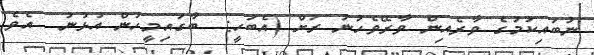
ނުބައިކަމުގެ ވާރެއިން ވާރޭވެހުނު ރަށް (އެބަހީ:  ބާގައިމީހުން އުޅުނު  އެވެ